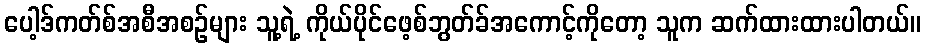
ပေါ့ဒ်ကတ်စ်အစီအစဉ်များ သူ့ရဲ့ ကိုယ်ပိုင်ဖေ့စ်ဘွတ်ခ်အကောင့်ကိုတော့ သူက ဆက်ထားထားပါတယ်။